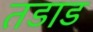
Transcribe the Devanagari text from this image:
तडाड